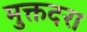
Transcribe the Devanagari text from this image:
मुक्तदरा